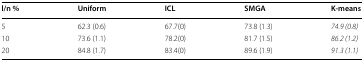
<table><thead><tr><td><b>l/n %</b></td><td><b>Uniform</b></td><td><b>ICL</b></td><td><b>SMGA</b></td><td><b>K-means</b></td></tr></thead><tbody><tr><td>5</td><td>62.3 (0.6)</td><td>67.7(0)</td><td>73.8 (1.3)</td><td><i>74.9 (0.8)</i></td></tr><tr><td>10</td><td>73.6 (1.1)</td><td>78.2(0)</td><td>81.7 (1.5)</td><td><i>86.2 (1.2)</i></td></tr><tr><td>20</td><td>84.8 (1.7)</td><td>83.4(0)</td><td>89.6 (1.9)</td><td><i>91.3 (1.1)</i></td></tr></tbody></table>